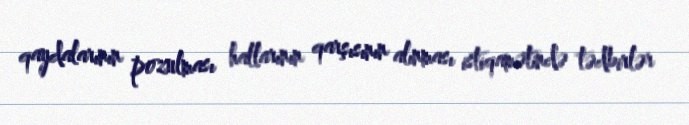
qaydalarının pozulması hallarının qarşısının alınması istiqamətində tədbirlər